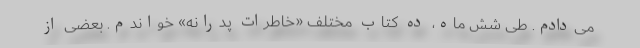
می‌دادم. طی شش ماه، ده کتاب مختلف «خاطرات پدرانه» خواندم. بعضی از